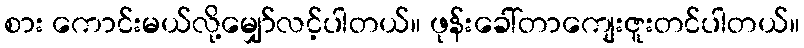
စား ကောင်းမယ်လို့မျှော်လင့်ပါတယ်။ ဖုန်းခေါ်တာကျေးဇူးတင်ပါတယ်။